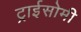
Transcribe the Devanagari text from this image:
ट्राईसोमी